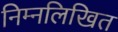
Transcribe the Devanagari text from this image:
निम्नलिखित